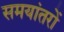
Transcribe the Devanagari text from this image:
समयांतरों